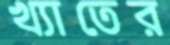
খ্যাতের